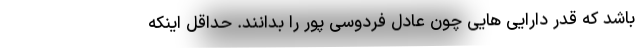
باشد که قدر دارایی هایی چون عادل فردوسی پور را بدانند. حداقل اینکه